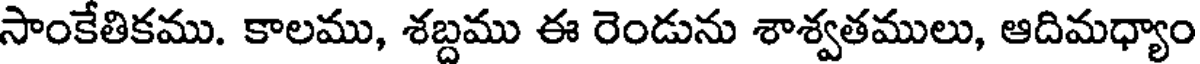
సాంకేతికము. కాలము, శబ్దము ఈ రెండును శాశ్వతములు, ఆదిమధ్యాం